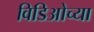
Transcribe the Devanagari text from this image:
विडिओच्या